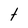
Character: t